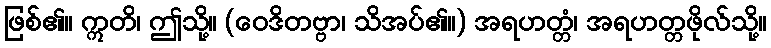
ဖြစ်၏။ ဣတိ၊ ဤသို့။ (ဝေဒိတဗ္ဗာ၊ သိအပ်၏။) အရဟတ္တံ၊ အရဟတ္တဖိုလ်သို့။